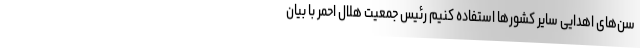
سن‌های اهدایی سایر کشورها استفاده کنیم رئیس جمعیت هلال احمر با بیان